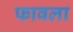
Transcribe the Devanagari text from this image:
फावला